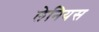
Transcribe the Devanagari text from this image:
लेनियस